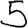
Digit: 5